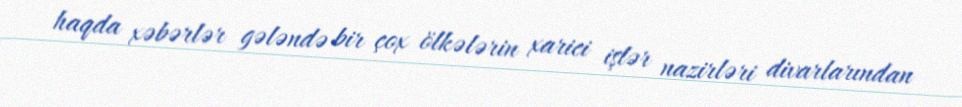
haqda xəbərlər gələndə bir çox ölkələrin xarici işlər nazirləri divarlarından